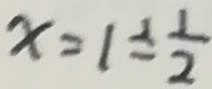
x = 1 \div \frac { 1 } { 2 }